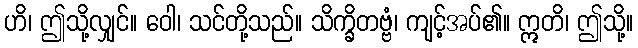
ဟိ၊ ဤသို့လျှင်။ ဝေါ၊ သင်တို့သည်။ သိက္ခိတဗ္ဗံ၊ ကျင့်အပ်၏။ ဣတိ၊ ဤသို့။